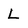
Character: L